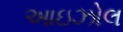
આઇઝોલ